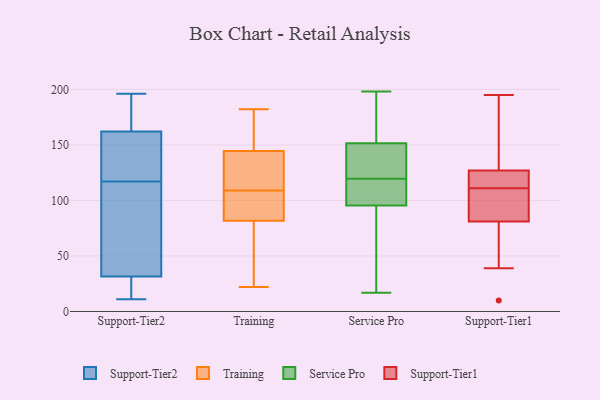
{"axis": {"x": "Production Output", "y": "Value"}, "legend": ["Service Pro", "Support-Tier1", "Support-Tier2", "Training"], "data": [{"x": "", "y": 22, "type": "Support-Tier2"}, {"x": "", "y": 160, "type": "Support-Tier2"}, {"x": "", "y": 106, "type": "Support-Tier2"}, {"x": "", "y": 166, "type": "Support-Tier2"}, {"x": "", "y": 32, "type": "Support-Tier2"}, {"x": "", "y": 164, "type": "Support-Tier2"}, {"x": "", "y": 155, "type": "Support-Tier2"}, {"x": "", "y": 11, "type": "Support-Tier2"}, {"x": "", "y": 128, "type": "Support-Tier2"}, {"x": "", "y": 85, "type": "Support-Tier2"}, {"x": "", "y": 31, "type": "Support-Tier2"}, {"x": "", "y": 196, "type": "Support-Tier2"}, {"x": "", "y": 34, "type": "Training"}, {"x": "", "y": 22, "type": "Training"}, {"x": "", "y": 103, "type": "Training"}, {"x": "", "y": 165, "type": "Training"}, {"x": "", "y": 144, "type": "Training"}, {"x": "", "y": 51, "type": "Training"}, {"x": "", "y": 182, "type": "Training"}, {"x": "", "y": 105, "type": "Training"}, {"x": "", "y": 123, "type": "Training"}, {"x": "", "y": 92, "type": "Training"}, {"x": "", "y": 109, "type": "Training"}, {"x": "", "y": 127, "type": "Training"}, {"x": "", "y": 146, "type": "Training"}, {"x": "", "y": 17, "type": "Service Pro"}, {"x": "", "y": 90, "type": "Service Pro"}, {"x": "", "y": 127, "type": "Service Pro"}, {"x": "", "y": 135, "type": "Service Pro"}, {"x": "", "y": 174, "type": "Service Pro"}, {"x": "", "y": 188, "type": "Service Pro"}, {"x": "", "y": 105, "type": "Service Pro"}, {"x": "", "y": 25, "type": "Service Pro"}, {"x": "", "y": 111, "type": "Service Pro"}, {"x": "", "y": 163, "type": "Service Pro"}, {"x": "", "y": 133, "type": "Service Pro"}, {"x": "", "y": 112, "type": "Service Pro"}, {"x": "", "y": 83, "type": "Service Pro"}, {"x": "", "y": 198, "type": "Service Pro"}, {"x": "", "y": 140, "type": "Service Pro"}, {"x": "", "y": 101, "type": "Service Pro"}, {"x": "", "y": 195, "type": "Support-Tier1"}, {"x": "", "y": 166, "type": "Support-Tier1"}, {"x": "", "y": 108, "type": "Support-Tier1"}, {"x": "", "y": 127, "type": "Support-Tier1"}, {"x": "", "y": 114, "type": "Support-Tier1"}, {"x": "", "y": 108, "type": "Support-Tier1"}, {"x": "", "y": 112, "type": "Support-Tier1"}, {"x": "", "y": 137, "type": "Support-Tier1"}, {"x": "", "y": 117, "type": "Support-Tier1"}, {"x": "", "y": 10, "type": "Support-Tier1"}, {"x": "", "y": 39, "type": "Support-Tier1"}, {"x": "", "y": 57, "type": "Support-Tier1"}, {"x": "", "y": 110, "type": "Support-Tier1"}, {"x": "", "y": 81, "type": "Support-Tier1"}]}